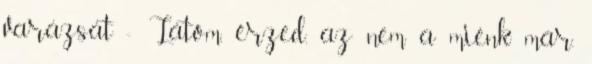
varázsát - Látom, érzed, az nem a miénk már.